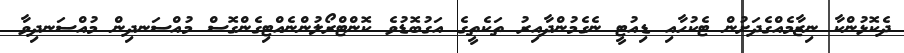
ދެކޮޅުންކާ ނިޒާމެއްގެދަށުން ޓެކުހާއި ޑިއުޓީ ނެގެމުންދާއިރު ތަކެތީގެ އަގުބޮޑުވެ ކޮންޓްރޯލުންނެއްޓިގެންގޮސް މުއްސަނދިން މުއްސަނދިވާ